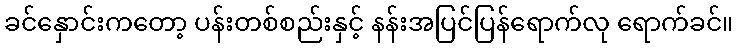
ခင်နှောင်းကတော့ ပန်းတစ်စည်းနှင့် နန်းအပြင်ပြန်ရောက်လု ရောက်ခင်။